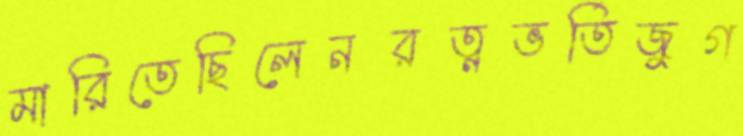
মারিতেছিলেনরত্নভর্তিজুগ